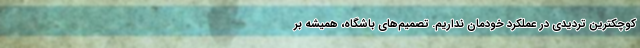
کوچکترین تردیدی در عملکرد خودمان نداریم. تصمیم‌های باشگاه، همیشه بر